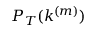
P _ { T } ( k ^ { ( m ) } )